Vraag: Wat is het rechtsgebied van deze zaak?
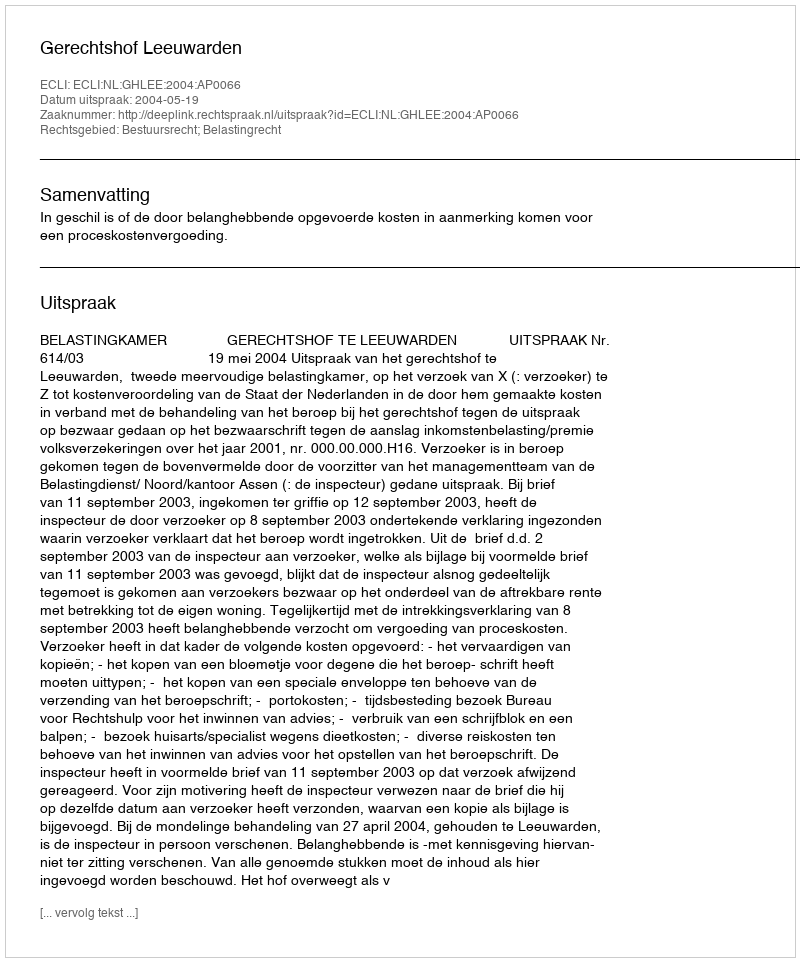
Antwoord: Bestuursrecht; Belastingrecht